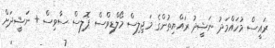
ރައީސް މުހައްމަދު ނަޝީދު ރައްޔިތުންގެ މަޖިލިސް މޯލްޑިވްސް ޕޮލިސް ސާވިސް + ނަޝީދަށް